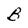
Character: B